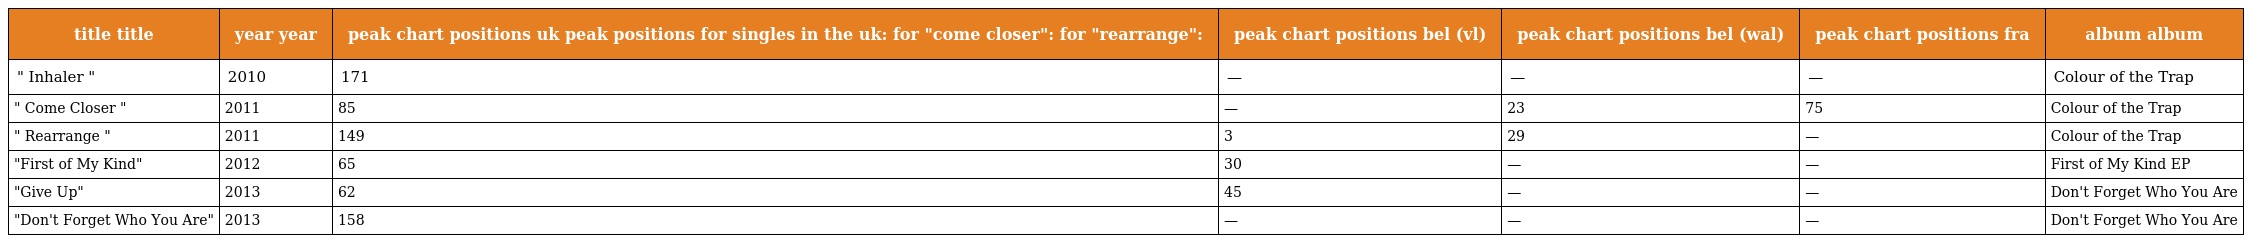
| title title | year year | peak chart positions uk peak positions for singles in the uk: for "come closer": for "rearrange": | peak chart positions bel (vl) | peak chart positions bel (wal) | peak chart positions fra | album album |
 | --- | --- | --- | --- | --- | --- | --- |
 | " Inhaler " | 2010 | 171 | — | — | — | Colour of the Trap |
 | " Come Closer " | 2011 | 85 | — | 23 | 75 | Colour of the Trap |
 | " Rearrange " | 2011 | 149 | 3 | 29 | — | Colour of the Trap |
 | "First of My Kind" | 2012 | 65 | 30 | — | — | First of My Kind EP |
 | "Give Up" | 2013 | 62 | 45 | — | — | Don't Forget Who You Are |
 | "Don't Forget Who You Are" | 2013 | 158 | — | — | — | Don't Forget Who You Are |